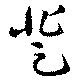
登